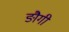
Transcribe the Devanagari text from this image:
ङौगी